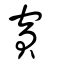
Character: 賓